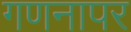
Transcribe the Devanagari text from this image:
गणनापर